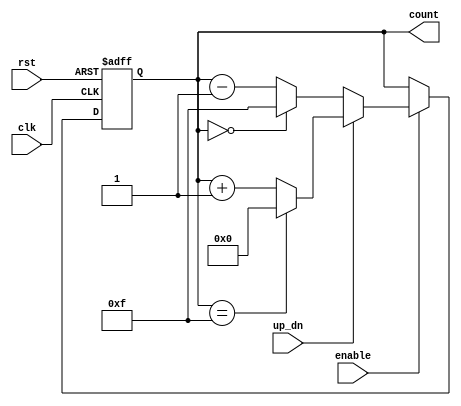
module up_down_counter (
    input wire clk,          // Clock signal
    input wire rst,          // Asynchronous reset signal
    input wire up_dn,        // Control signal for counting direction
    input wire enable,       // Enable signal for counting
    output reg [3:0] count   // 4-bit output for the current count value
);

    // Parameter for maximum count value (for 4-bit counter)
    parameter MAX_COUNT = 4'b1111; // 15 in decimal
    parameter MIN_COUNT = 4'b0000; // 0 in decimal

    // Asynchronous reset
    always @(posedge clk or posedge rst) begin
        if (rst) begin
            count <= MIN_COUNT; // Reset count to 0
        end else if (enable) begin
            if (up_dn) begin
                // Count up
                if (count == MAX_COUNT) begin
                    count <= MIN_COUNT; // Wrap around to 0
                end else begin
                    count <= count + 1; // Increment count
                end
            end else begin
                // Count down
                if (count == MIN_COUNT) begin
                    count <= MAX_COUNT; // Wrap around to MAX_COUNT
                end else begin
                    count <= count - 1; // Decrement count
                end
            end
        end
    end

endmodule